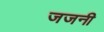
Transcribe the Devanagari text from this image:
जजनी